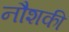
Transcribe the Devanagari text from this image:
नौशकी